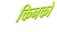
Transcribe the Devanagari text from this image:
किनको